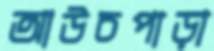
আউচপাড়া